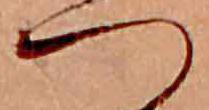
つ